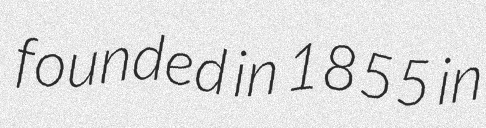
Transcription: founded in 1855 in